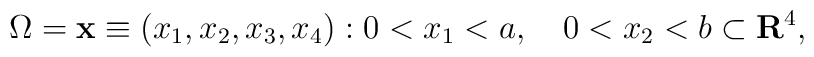
\Omega={{\bf x}\equiv(x_{1},x_{2},x_{3},x_{4}):0<x_{1}<a, \quad 0<x_{2}<b} \subset {\bf R}^{4},